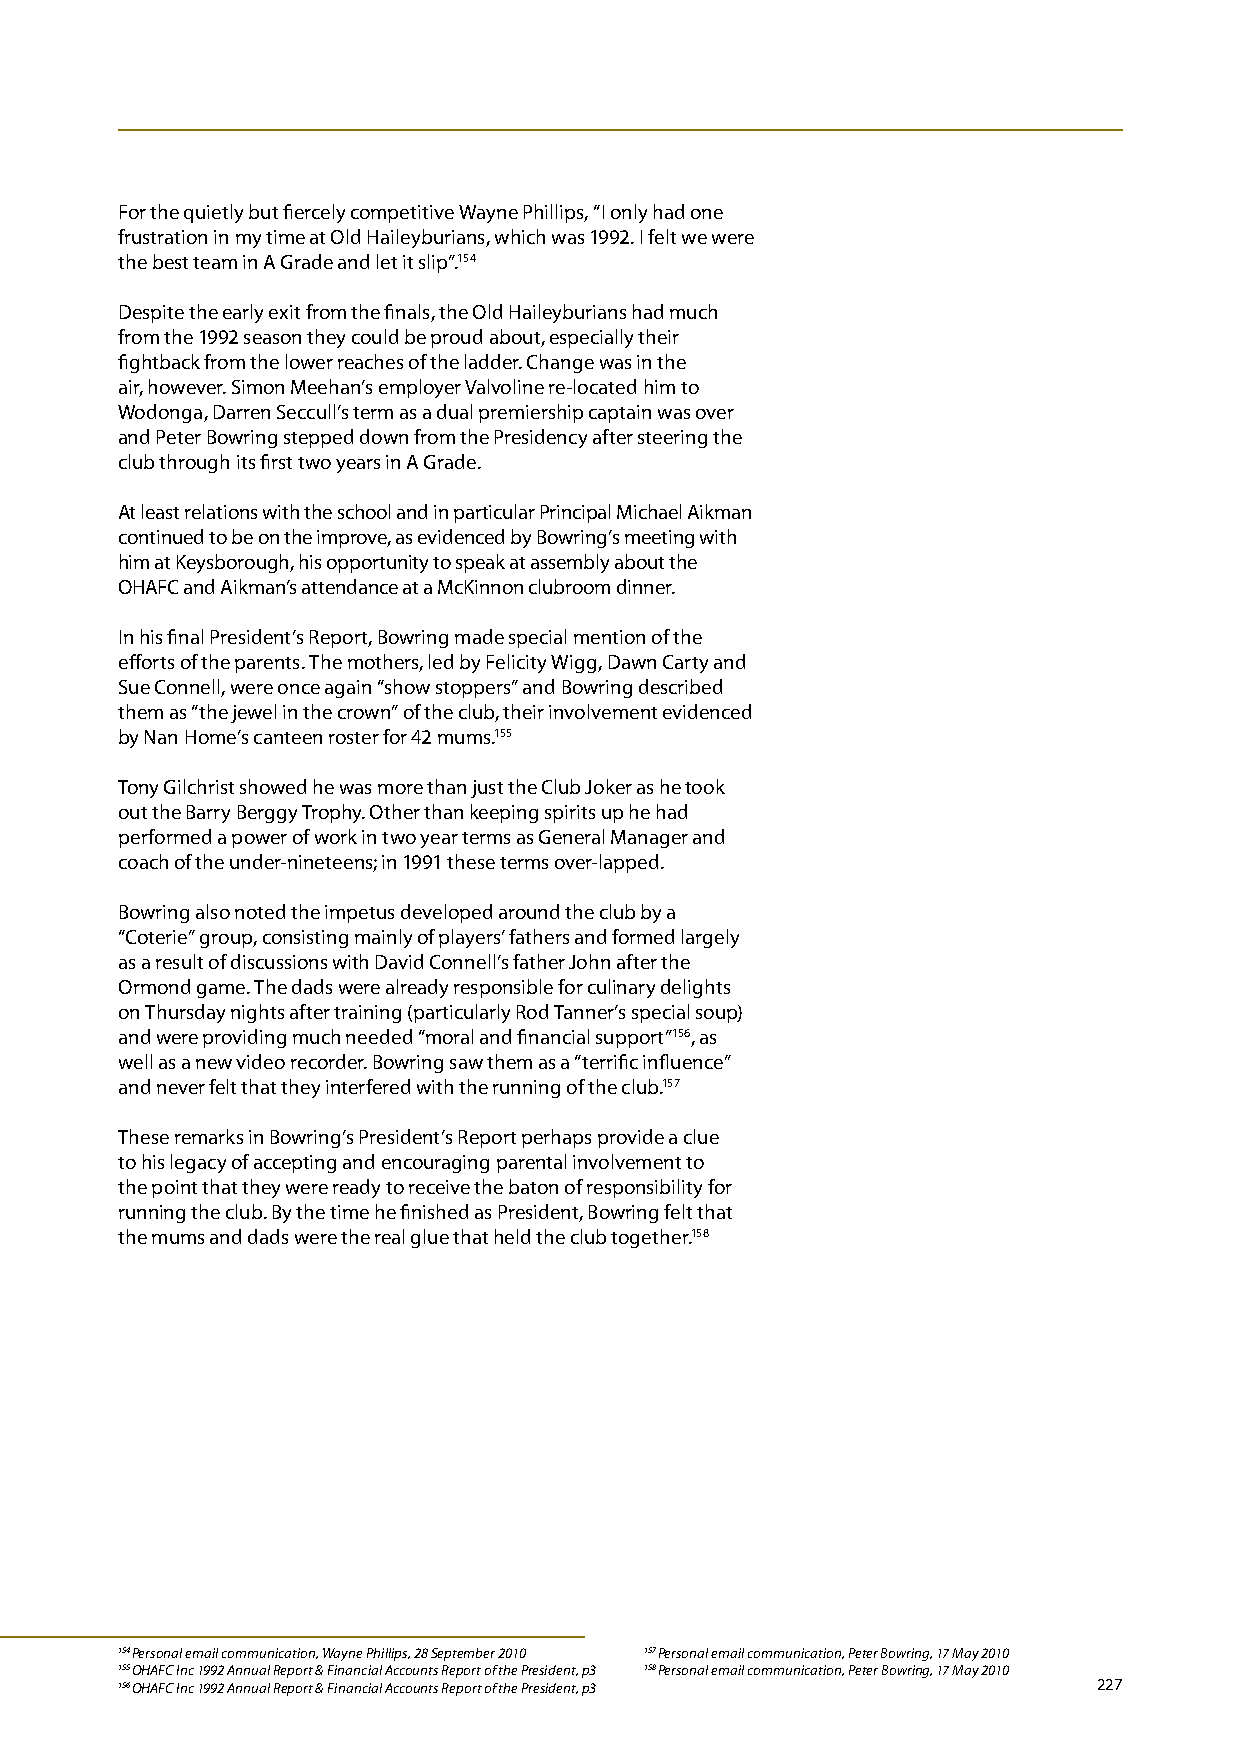
For the quietly but fiercely competitive Wayne Phillips, “I only had one
 frustration in my time at Old Haileyburians, which was 1992. I felt we were
 the best team in A Grade and let it slip”.154
 Despite the early exit from the finals, the Old Haileyburians had much
 from the 1992 season they could be proud about, especially their
 fightback from the lower reaches of the ladder. Change was in the
 air, however. Simon Meehan’s employer Valvoline re-located him to
 Wodonga, Darren Seccull’s term as a dual premiership captain was over
 and Peter Bowring stepped down from the Presidency after steering the
 club through its first two years in A Grade.
 At least relations with the school and in particular Principal Michael Aikman
 continued to be on the improve, as evidenced by Bowring’s meeting with
 him at Keysborough, his opportunity to speak at assembly about the
 OHAFC and Aikman’s attendance at a McKinnon clubroom dinner.
 In his final President’s Report, Bowring made special mention of the
 efforts of the parents. The mothers, led by Felicity Wigg, Dawn Carty and
 Sue Connell, were once again “show stoppers” and Bowring described
 them as “the jewel in the crown” of the club, their involvement evidenced
 by Nan Home’s canteen roster for 42 mums.155
 Tony Gilchrist showed he was more than just the Club Joker as he took
 out the Barry Berggy Trophy. Other than keeping spirits up he had
 performed a power of work in two year terms as General Manager and
 coach of the under-nineteens; in 1991 these terms over-lapped.
 Bowring also noted the impetus developed around the club by a
 “Coterie” group, consisting mainly of players’ fathers and formed largely
 as a result of discussions with David Connell’s father John after the
 Ormond game. The dads were already responsible for culinary delights
 on Thursday nights after training (particularly Rod Tanner’s special soup)
 and were providing much needed “moral and financial support”156, as
 well as a new video recorder. Bowring saw them as a “terrific influence”
 and never felt that they interfered with the running of the club.157
 These remarks in Bowring’s President’s Report perhaps provide a clue
 to his legacy of accepting and encouraging parental involvement to
 the point that they were ready to receive the baton of responsibility for
 running the club. By the time he finished as President, Bowring felt that
 the mums and dads were the real glue that held the club together.158
 154 Personal email communication, Wayne Phillips, 28 September 2010 157 Personal email communication, Peter Bowring, 17 May 2010
 155 OHAFC Inc 1992 Annual Report & Financial Accounts Report of the President, p3 158 Personal email communication, Peter Bowring, 17 May 2010
 156 OHAFC Inc 1992 Annual Report & Financial Accounts Report of the President, p3 227